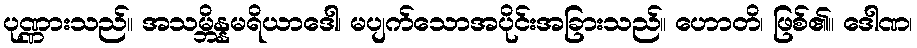
ပုဏ္ဏားသည်။ အသမ္ဘိန္နမရိယာဒေါ၊ မပျက်သောအပိုင်းအခြားသည်။ ဟောတိ၊ ဖြစ်၏။ ဒေါဏ၊